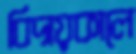
বিদায়কালে